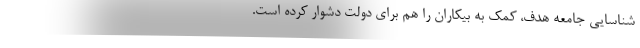
شناسایی جامعه هدف، کمک به بیکاران را هم برای دولت دشوار کرده است.